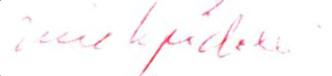
?